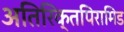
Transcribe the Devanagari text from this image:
अतिरिक्तपिरामिड